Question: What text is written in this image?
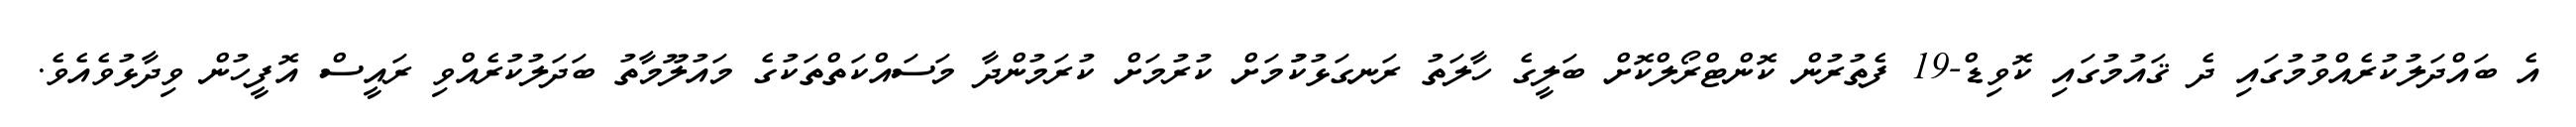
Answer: އެ ބައްދަލުކުރެއްވުމުގައި ދެ ޤައުމުގައި ކޮވިޑް-19 ފެތުރުން ކޮންޓްރޯލްކޮށް ބަލީގެ ހާލަތު ރަނގަޅުކުުމަށް ކުރުމަށް ކުރަމުންދާ މަސައްކަތްތަކުގެ މައުލޫމާތު ބަދަލުކުރެއްވި ރައީސް އޮފީހުން ވިދާޅުވެއެވެ.